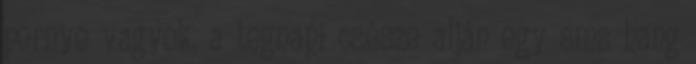
pernye vagyok, a tegnapi csésze alján egy sms hang